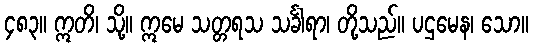
၄၈၃။ ဣတိ၊ သို့။ ဣမေ သတ္တရသ သင်္ခါရာ၊ တို့သည်။ ပဌမေန၊ သော။